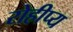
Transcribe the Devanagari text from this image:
रोहीप्य